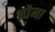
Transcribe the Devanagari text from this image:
प्रोबा